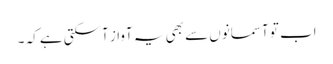
اب تو آسمانوں سے بھی یہ آواز آسکتی ہے کہ ۔